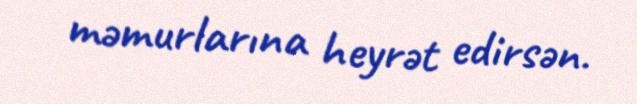
məmurlarına heyrət edirsən.